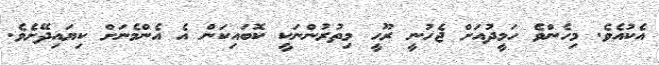
އެކުއެވެ. މިހެންވެ ހަމީދުއަށް ޖެހުނީ ރޫހީ މިތުރުންނަކީ ކޮބައިކަން އެ އެންމެނަށް ކިޔައިދޭށެވެ.